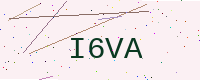
Text: I6VA